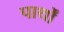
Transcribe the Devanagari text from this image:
पार्थों